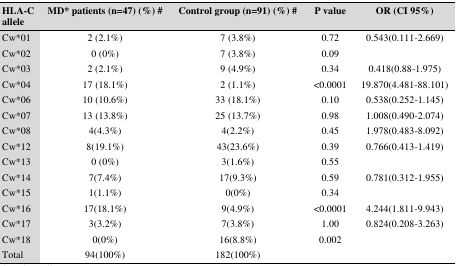
<table><thead><tr><td><b>HLA-C allele</b></td><td><b>MD* patients (n=47) (%) #</b></td><td><b>Control group (n=91) (%) #</b></td><td><b>P value</b></td><td><b>OR (CI 95%)</b></td></tr></thead><tbody><tr><td>Cw*01</td><td>2 (2.1%)</td><td>7 (3.8%)</td><td>0.72</td><td>0.543(0.111-2.669)</td></tr><tr><td>Cw*02</td><td>0 (0%)</td><td>7 (3.8%)</td><td>0.09</td><td></td></tr><tr><td>Cw*03</td><td>2 (2.1%)</td><td>9 (4.9%)</td><td>0.34</td><td>0.418(0.88-1.975)</td></tr><tr><td>Cw*04</td><td>17 (18.1%)</td><td>2 (1.1%)</td><td>&lt;0.0001</td><td>19.870(4.481-88.101)</td></tr><tr><td>Cw*06</td><td>10 (10.6%)</td><td>33 (18.1%)</td><td>0.10</td><td>0.538(0.252-1.145)</td></tr><tr><td>Cw*07</td><td>13 (13.8%)</td><td>25 (13.7%)</td><td>0.98</td><td>1.008(0.490-2.074)</td></tr><tr><td>Cw*08</td><td>4(4.3%)</td><td>4(2.2%)</td><td>0.45</td><td>1.978(0.483-8.092)</td></tr><tr><td>Cw*12</td><td>8(19.1%)</td><td>43(23.6%)</td><td>0.39</td><td>0.766(0.413-1.419)</td></tr><tr><td>Cw*13</td><td>0 (0%)</td><td>3(1.6%)</td><td>0.55</td><td></td></tr><tr><td>Cw*14</td><td>7(7.4%)</td><td>17(9.3%)</td><td>0.59</td><td>0.781(0.312-1.955)</td></tr><tr><td>Cw*15</td><td>1(1.1%)</td><td>0(0%)</td><td>0.34</td><td></td></tr><tr><td>Cw*16</td><td>17(18.1%)</td><td>9(4.9%)</td><td>&lt;0.0001</td><td>4.244(1.811-9.943)</td></tr><tr><td>Cw*17</td><td>3(3.2%)</td><td>7(3.8%)</td><td>1.00</td><td>0.824(0.208-3.263)</td></tr><tr><td>Cw*18</td><td>0(0%)</td><td>16(8.8%)</td><td>0.002</td><td></td></tr><tr><td>Total</td><td>94(100%)</td><td>182(100%)</td><td></td><td></td></tr></tbody></table>